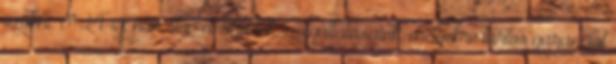
szökni. 0-24-ig, non stop elérhetőek szolgáltatásaink, melyekre tartós garanciát